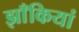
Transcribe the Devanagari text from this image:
झाँकियां